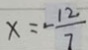
x = - \frac { 1 2 } { 7 }